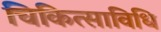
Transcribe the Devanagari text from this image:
चिकित्साविधि